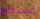
استطع